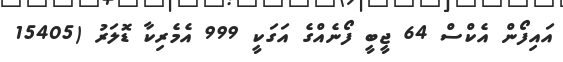
އައިފޯން އެކްސް 64 ޖީބީ ފޯނެއްގެ އަގަކީ 999 އެމެރިކާ ޑޮލަރު (15405